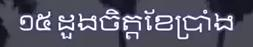
១៥ ដួងចិត្តខែប្រាំង